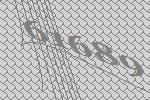
61689